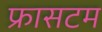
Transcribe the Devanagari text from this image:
फ्रासटम